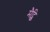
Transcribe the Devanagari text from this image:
मैट्कि